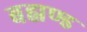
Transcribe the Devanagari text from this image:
बह्मण्ड